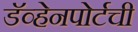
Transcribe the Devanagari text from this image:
डॅव्हेनपोर्टची